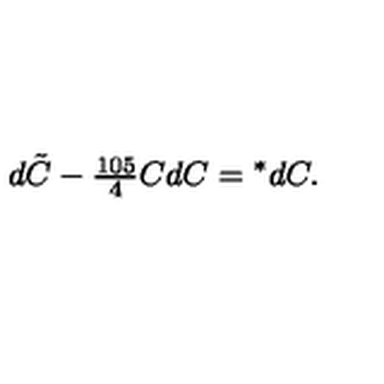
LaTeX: d \tilde { C } - { \textstyle { \frac { 1 0 5 } { 4 } } } C d C = { } ^ { * } d C .